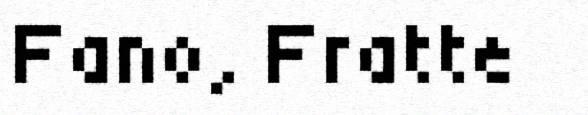
Fano, Fratte